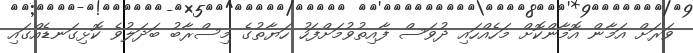
ވަރަށް އަމާން އޮމާންކޮށް މަހެއްހައި ދުވަސް ފާއިތުވުމަށްފަހު ހަޔާތުގެ މިސްރާބު ބަދަލުވެ ކޮޅިގަނޑެއްގައި